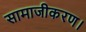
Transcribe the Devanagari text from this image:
सामाजीकरण।